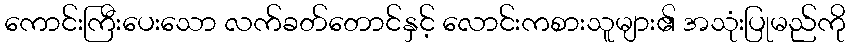
ကောင်းကြီးပေးသော လက်ခတ်တောင်နှင့် လောင်းကစားသူများ၏ အသုံးပြုမည်ကို